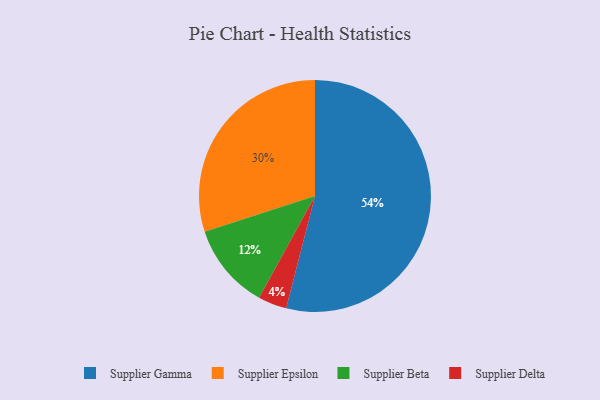
{"axis": {"x": "Category", "y": "Percentage"}, "legend": ["Supplier Beta", "Supplier Delta", "Supplier Epsilon", "Supplier Gamma"], "data": [{"x": "Supplier Epsilon", "y": 30, "type": "Supplier Epsilon"}, {"x": "Supplier Gamma", "y": 54, "type": "Supplier Gamma"}, {"x": "Supplier Beta", "y": 12, "type": "Supplier Beta"}, {"x": "Supplier Delta", "y": 4, "type": "Supplier Delta"}]}